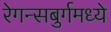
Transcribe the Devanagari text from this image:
रेगन्सबुर्गमध्ये